system: You are a helpful assistant.
user:
Analyze the provided spectrum to determine if it is a **Carbon Star (C-type)**.

- **Key Visual Indicators of Carbon Star:**
    - **(Primary):** Strong molecular absorption from **C₂ (diatomic carbon) "Swan Bands."** This is the **defining feature** of a carbon star.
        - **(Key Bandheads):** Sharp absorption edges are visible at approximately $5635$ Å, $5165$ Å (the strongest band), and $4737$ Å.
        - **(Line Profile):** Creates a distinct **"saw-tooth"** pattern. The key morphology is a sharp, steep bandhead on the **red (long-wavelength) side**, which then gradually tapers off (i.e., flux recovers) towards the **blue (short-wavelength) side**. *(This is the direct opposite of the TiO bands seen in M-type stars)*.

    - **(Secondary):** Intense **CN (cyanogen)** molecular absorption bands.
        - **(Key Bandheads):** Located in the blue and violet regions of the spectrum (e.g., near $4215$ Å and $3883$ Å).
        - **(Morphology):** These bands are extremely broad and act as a "blanket," absorbing the vast majority of blue and violet light. This creates a characteristic **"cliff"** or **"steep drop-off"** in the spectrum's flux at short wavelengths.

    - **(Key Confirmation):** Strong **CH absorption band (G-band)**.
        - **(Key Bandhead):** Located around $4300$ Å. The contribution from CH molecules to this band is exceptionally strong.

    - **(Overall Spectrum):**
        - The continuum is severely "chopped up" by these deep molecular bands, especially C₂, rather than appearing as a smooth curve.
        - Due to the heavy CN and C₂ absorption in the blue-green, the vast majority of the star's flux is concentrated in the red part of the spectrum, giving the star its characteristic deep red color.

Think first, call **spectral_visualization_tool** if needed to examine features in detail, then provide your final answer. Your response must adhere to the following strict rules:
1.  **Overall Structure:** Your response must follow the format `<think>...</think> <tool_call>...</tool_call> (if a tool is used) <answer>...</answer>`.
2.  **Tool Usage Constraint:** You may only make **one** tool call per turn.
3.  **Final Answer Format:** In the `<answer>` tag, your conclusion must be inside a `\boxed{}` command (e.g., `\boxed{YES}`), followed by your justification.

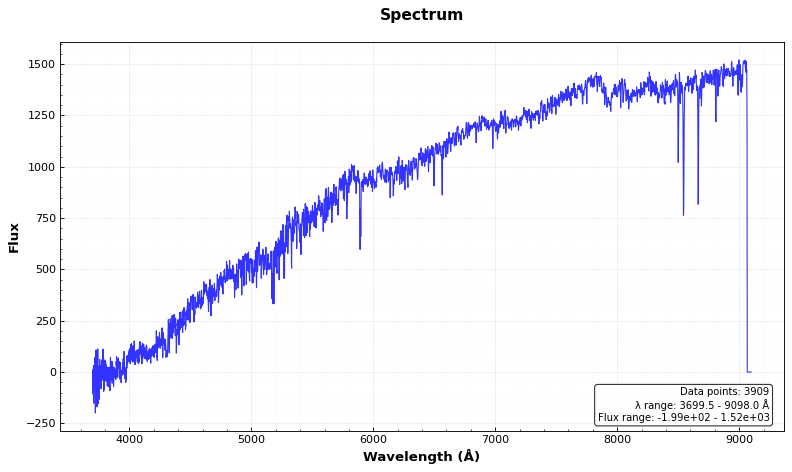
Answer: NO